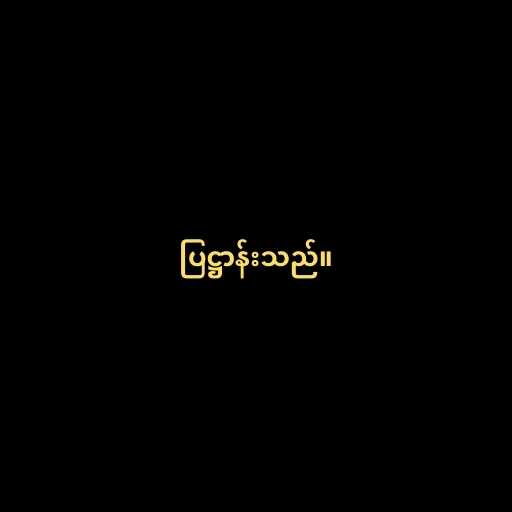
ပြဋ္ဌာန်းသည်။